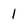
Character: l